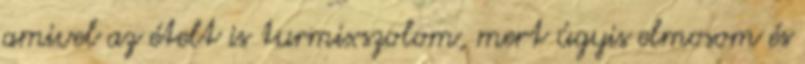
amivel az ételt is turmixszolom, mert úgyis elmosom és